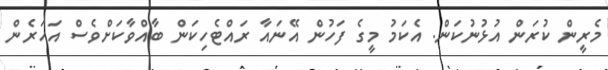
މެރީން ކުރަން އުޅުނުކަން. އެކަމު މީގެ ފަހުން އޭނައާ ރައްޓެހިކަން ބާއްވާކަށްވެސް އަހަރެން